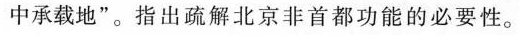
中承载地”。指出疏解北京非首都功能的必要性。